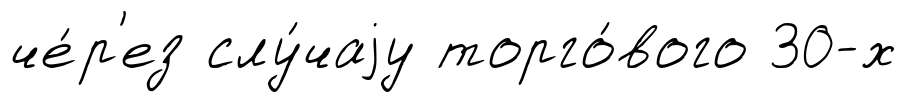
че́р'ез слу́чаjу торго́вого 30-х